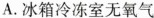
A.冰箱冷冻室无氧气